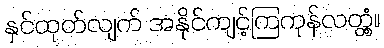
နှင်ထုတ်လျက် အနိုင်ကျင့်ကြကုန်လတ္တံ့။